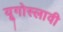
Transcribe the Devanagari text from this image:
यूगोस्लावी